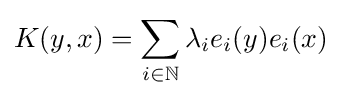
K(y,x)=\sum _{i\in \mathbb {N} }\lambda _{i}e_{i}(y)e_{i}(x)